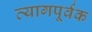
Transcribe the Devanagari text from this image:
त्यागपूर्वक